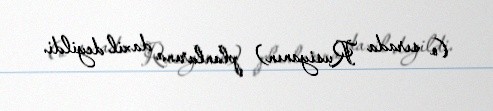
(o sırada Rusiyanın) planlarına daxil deyildi.